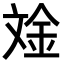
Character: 𪯧